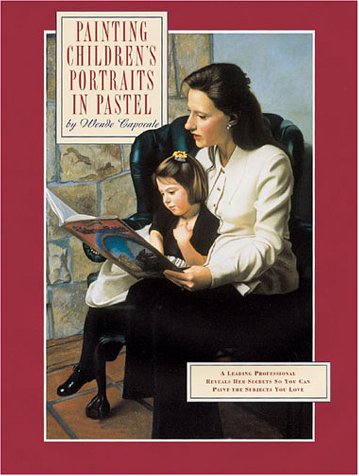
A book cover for Painting Childrens Portraits in Pastel: A Leading Professional Reveals Her Secrets So You Can Paint the Subjects You Love and Even Turn Your Portraits; Wende Caporale; Arts & Photography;